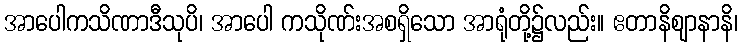
အာပေါကသိဏာဒီသုပိ၊ အာပေါ ကသိုဏ်းအစရှိသော အာရုံတို့၌လည်း။ ဧတာနိဈာနာနိ၊